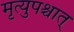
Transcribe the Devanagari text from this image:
मृत्युपश्चात्